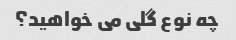
چه نوع گلی می خواهید؟